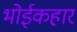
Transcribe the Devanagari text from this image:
भोईकहार